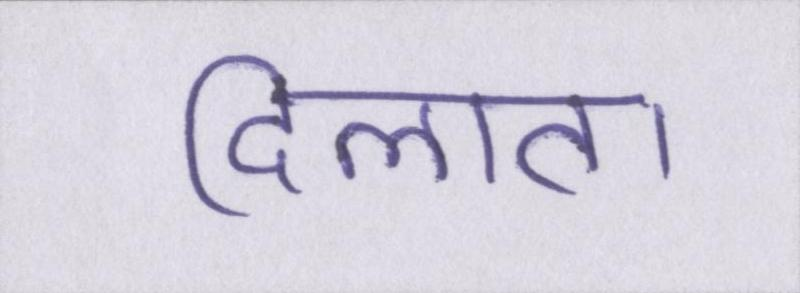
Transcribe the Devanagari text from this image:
दिलाता